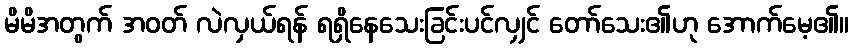
မိမိအတွက် အဝတ် လဲလှယ်ရန် ရရှိနေသေးခြင်းပင်လျှင် တော်သေး၏ဟု အောက်မေ့၏။